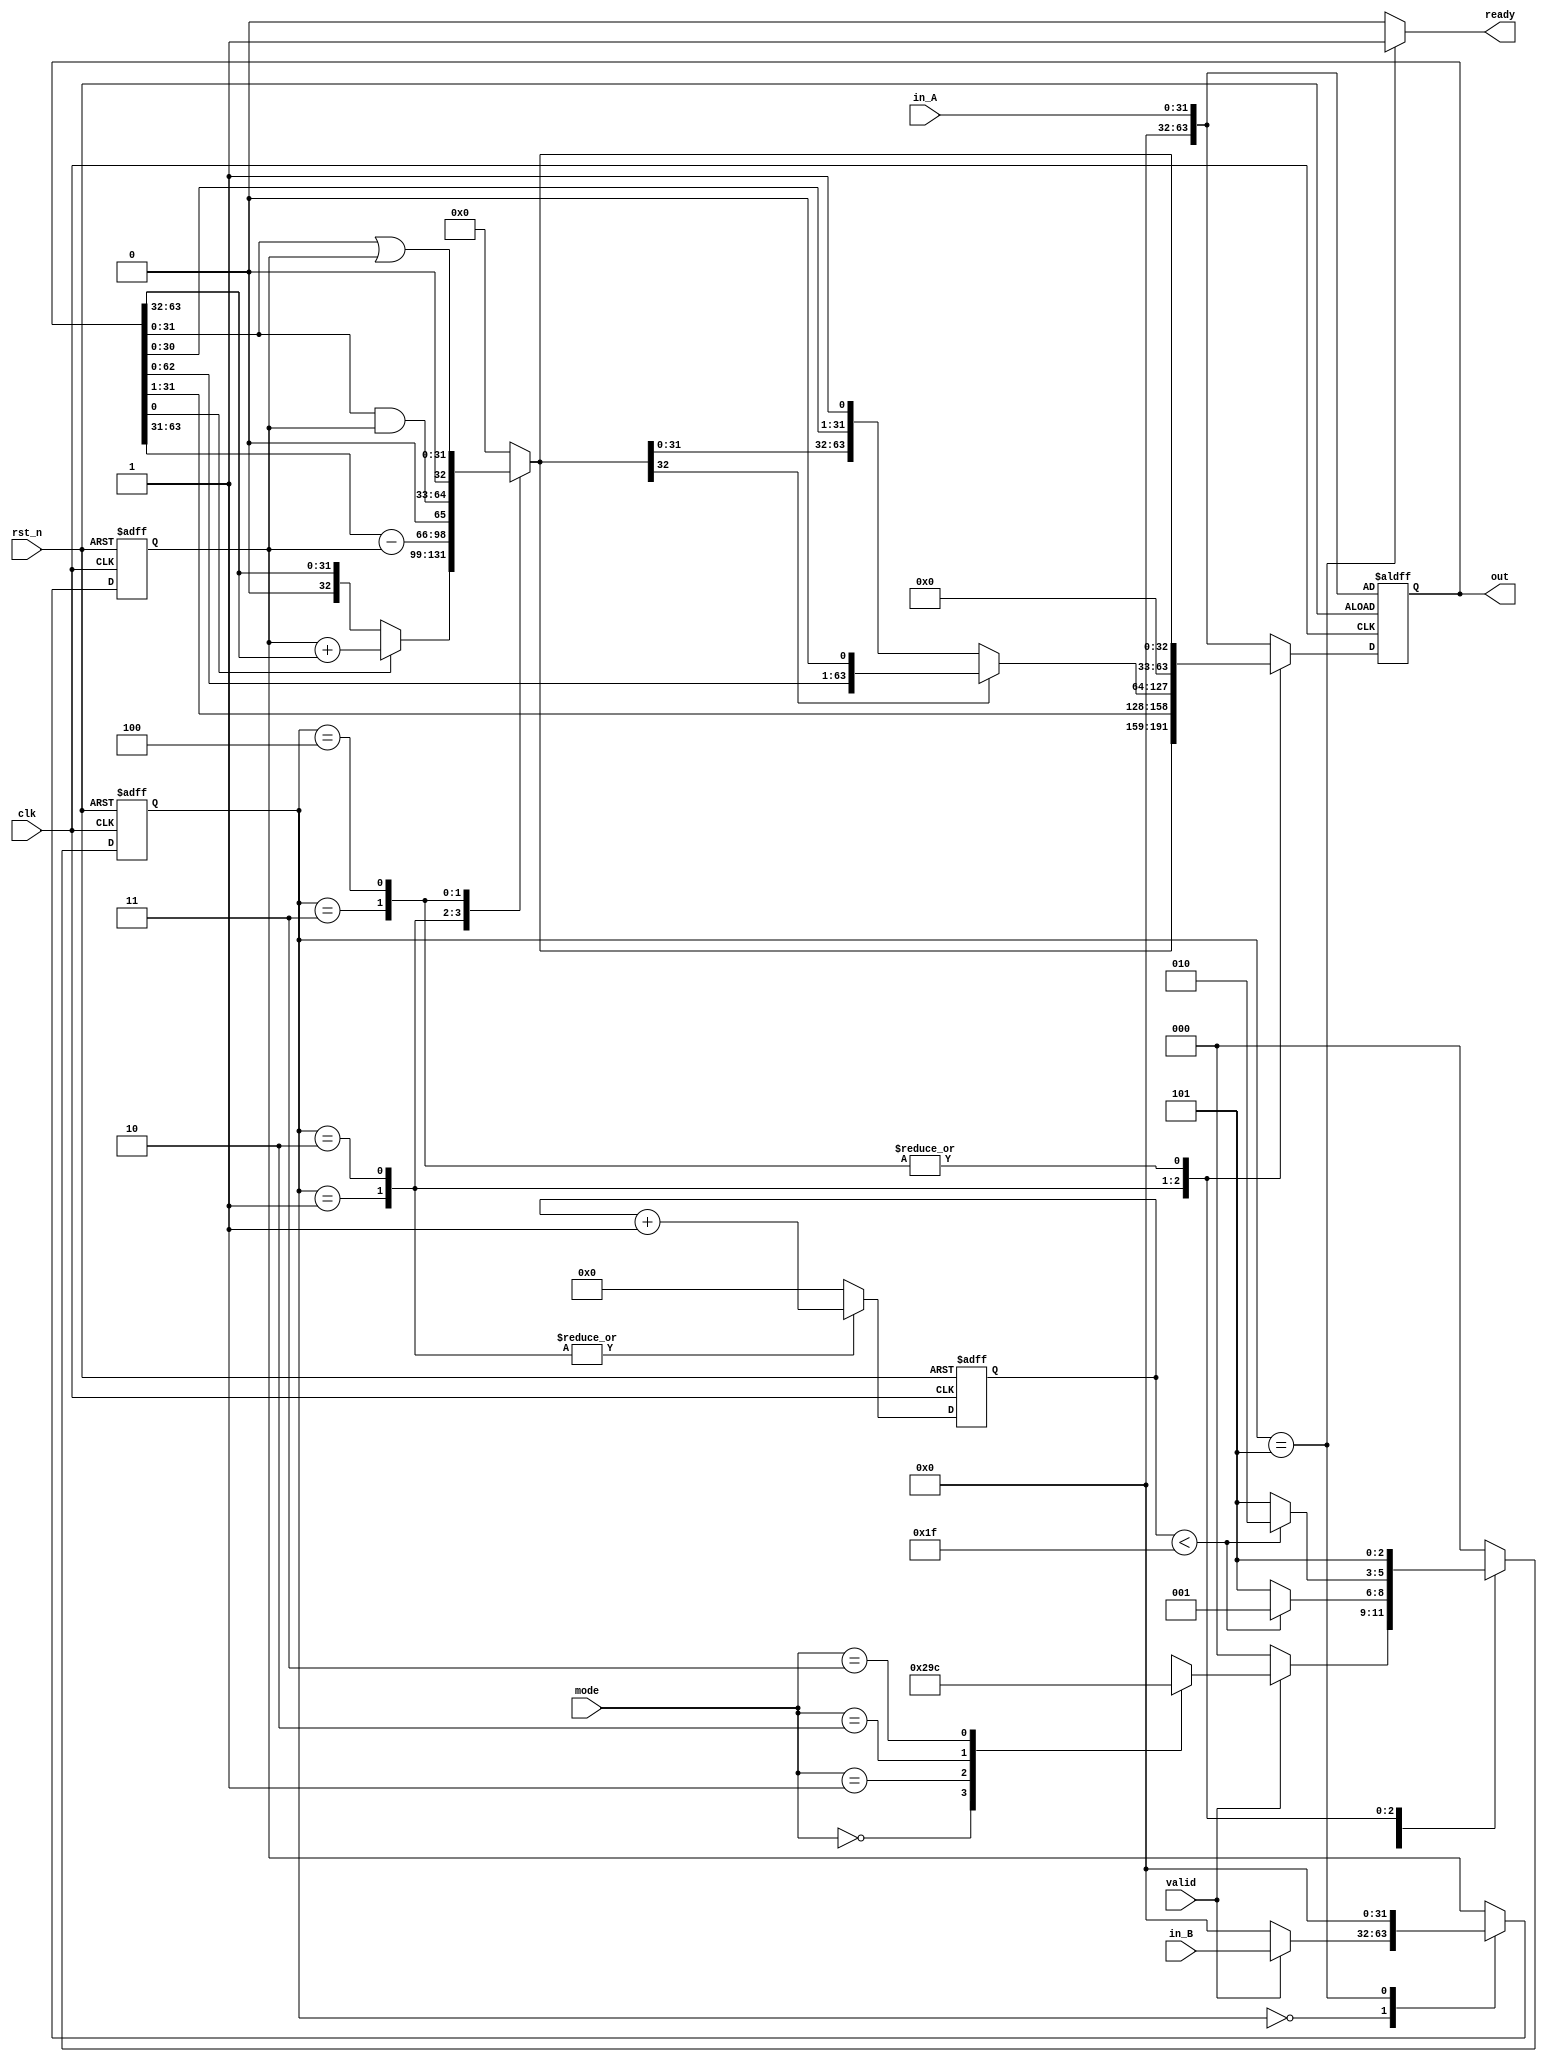
module ALU(
    clk,
    rst_n,
    valid,
    ready,
    mode,
    in_A,
    in_B,
    out
);

    // Definition of ports
    input         clk, rst_n;
    input         valid;
    input  [1:0]  mode; // mode: 0: mulu, 1: divu, 2: and, 3: or
    output        ready;
    input  [31:0] in_A, in_B;
    output [63:0] out;

    // Definition of states
    parameter IDLE = 3'd0;
    parameter MUL  = 3'd1;
    parameter DIV  = 3'd2;
    parameter AND = 3'd3;
    parameter OR = 3'd4;
    parameter OUT  = 3'd5;

    // Todo: Wire and reg if needed
    reg  [ 2:0] state, state_nxt;
    reg  [ 4:0] counter, counter_nxt;
    reg  [63:0] shreg, shreg_nxt;
    reg  [31:0] alu_in, alu_in_nxt;
    reg  [32:0] alu_out;

    // Todo: Instatiate any primitives if needed

    // Todo 5: Wire assignments
    assign ready = (state == OUT) ? 1'b1 : 1'b0;
    assign out = shreg;
    
    // Combinational always block
    // Todo 1: Next-state logic of state machine
    always @(*) begin
        case(state)
            IDLE: begin
                if (!valid) state_nxt = IDLE;
                else case(mode)
                    2'd0 : state_nxt = MUL;
                    2'd1 : state_nxt = DIV;
                    2'd2 : state_nxt = AND;
                    2'd3 : state_nxt = OR;
                endcase
            end
            MUL : begin
                if (counter < 5'd31) state_nxt = MUL;
                else state_nxt = OUT;
            end
            DIV : begin
                if (counter < 5'd31) state_nxt = DIV;
                else state_nxt = OUT;
            end
            AND : state_nxt = OUT;
            OR  : state_nxt = OUT;
            OUT : state_nxt = IDLE;
            default : state_nxt = IDLE;
        endcase
    end
    // Todo 2: Counter
    always @(*) begin
        case(state)
            MUL : counter_nxt = counter + 5'd1;
            DIV : counter_nxt = counter + 5'd1;
            default : counter_nxt = 5'd0;
        endcase
    end
    // ALU input
    always @(*) begin
        case(state)
            IDLE: begin
                if (valid) alu_in_nxt = in_B;
                else       alu_in_nxt = 0;
            end
            OUT : alu_in_nxt = 0;
            default: alu_in_nxt = alu_in;
        endcase
    end

    // Todo 3: ALU output
    always @(*) begin
        case(state)
            MUL : begin
                if (!shreg[0]) alu_out = shreg[63:32];	//add 0
                else alu_out = (alu_in + shreg[63:32]);	//add alu_in
            end
            DIV : alu_out = shreg[63:31] - alu_in; //32?
            AND : alu_out = shreg[31:0] & alu_in;
            OR : alu_out = shreg[31:0] | alu_in;
            default : alu_out = 32'b0;
        endcase
    end
    // Todo 4: Shift register
    always @(*) begin
        case(state)
            MUL : shreg_nxt = {alu_out, shreg[31:1]}; //alu_out: 33bits
            DIV : begin
                if (alu_out[32])  shreg_nxt = {shreg[62:0], 1'b0};
                else shreg_nxt = {alu_out[31:0], shreg[30:0], 1'b1}; //30 31?
            end
            AND : shreg_nxt = {32'b0, alu_out}; 
            OR : shreg_nxt = {32'b0, alu_out};
            default : shreg_nxt = {32'b0, in_A};
        endcase
    end
    // Todo: Sequential always block
    always @(posedge clk or negedge rst_n) begin
        if (!rst_n) begin
            state <= IDLE;
            counter <= 5'd0;
            alu_in <= 32'd0;
            shreg <= {32'b0, in_A};
        end
        else begin
            state <= state_nxt;
            counter <= counter_nxt;
            alu_in <= alu_in_nxt;
            shreg <= shreg_nxt;
        end
    end

endmodule